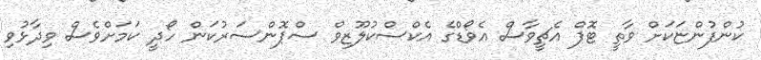
ކުންފުންޏަކަށް ވާތީ ޓޮޕް އެޗީވާސް އެވޯޑްގެ އެކްސްކުލޫޒިވް ސްޕޮންސަރުކަން ހޯދީ ކަމަށްވެސް ވިދާޅުވި